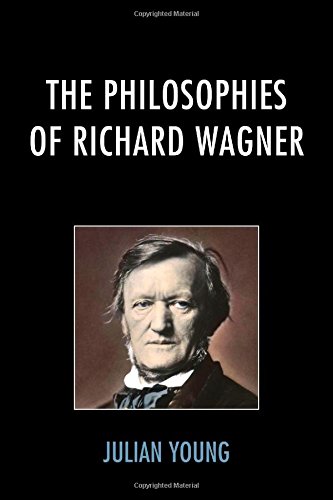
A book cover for The Philosophies of Richard Wagner; Julian Young; Politics & Social Sciences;